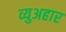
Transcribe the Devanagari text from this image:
व्युअहार